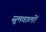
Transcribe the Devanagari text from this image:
सुमवालों